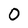
Character: O